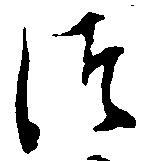
つ